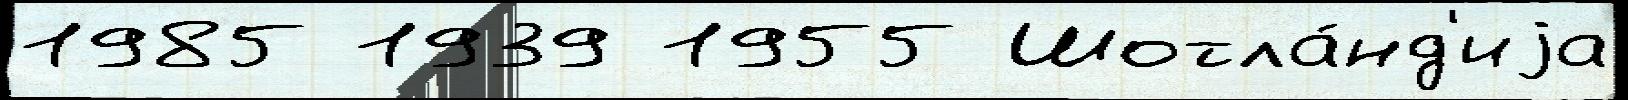
1985 1939 1955 Шотла́нд'иjа